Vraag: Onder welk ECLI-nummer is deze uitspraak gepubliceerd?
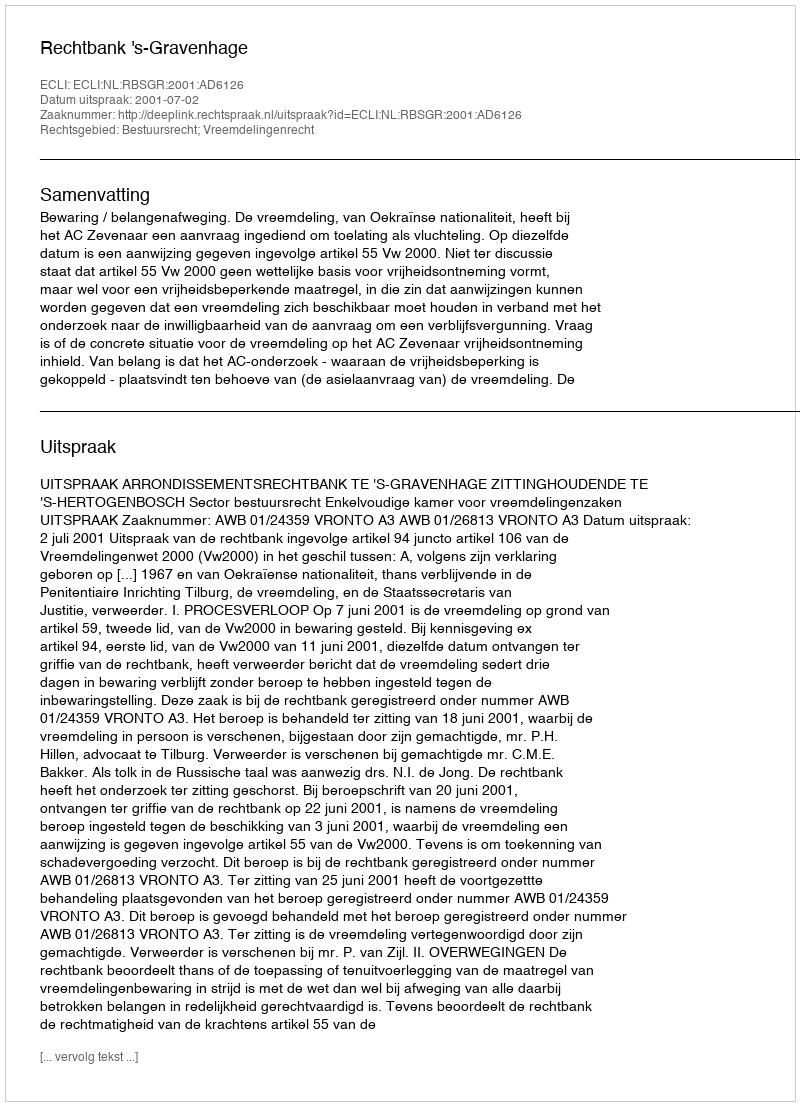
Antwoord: ECLI:NL:RBSGR:2001:AD6126